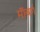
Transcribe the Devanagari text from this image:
माॅबर्ग